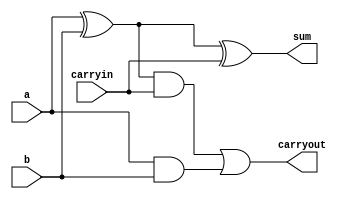
`define AND and #30
`define XOR xor #40
`define OR or #30

module AdderOneBit
(
    output sum, 
    output carryout,
    input a, 
    input b, 
    input carryin
);
    // Your adder code here
   wire abXOR; // output of xor with a,b as inputs
   wire abAND; // output of and with a,b as inputs
   wire cAND;  // output of and with abXOR, carryin as inputs
   
   // Define gates
   `XOR inputXOR(abXOR, a, b);
   `AND inputAND(abAND, a, b);
   `AND carryAND(cAND, abXOR, carryin);
   `XOR outXOR(sum, abXOR, carryin);
   `OR carryOR(carryout, cAND, abAND);
endmodule

module Adder32Bit
(
    output[31:0] sum, 
    output carryout,
    input[31:0] a, 
    input[31:0] b, 
    input carryin
);

    wire carryouts[31:0];

    genvar i;
    generate
        for(i=0;i<32; i=i+1)
        begin:genblock
            if(i==0)
            begin
                AdderOneBit adder(sum[i],carryouts[i],a[i],b[i],carryin);
            end
            else
            begin
                AdderOneBit adder(sum[i],carryouts[i],a[i],b[i],carryouts[i-1]);
            end
        end
    endgenerate

endmodule